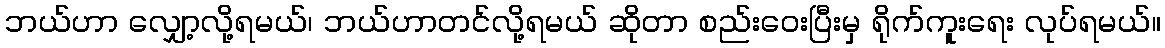
ဘယ်ဟာ လျှော့လို့ရမယ်၊ ဘယ်ဟာတင်လို့ရမယ် ဆိုတာ စည်းဝေးပြီးမှ ရိုက်ကူးရေး လုပ်ရမယ်။